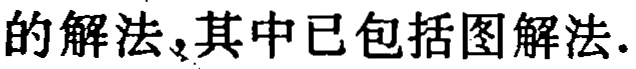
的解法，其中已包括图解法.